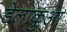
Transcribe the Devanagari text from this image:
डेलाकुआ